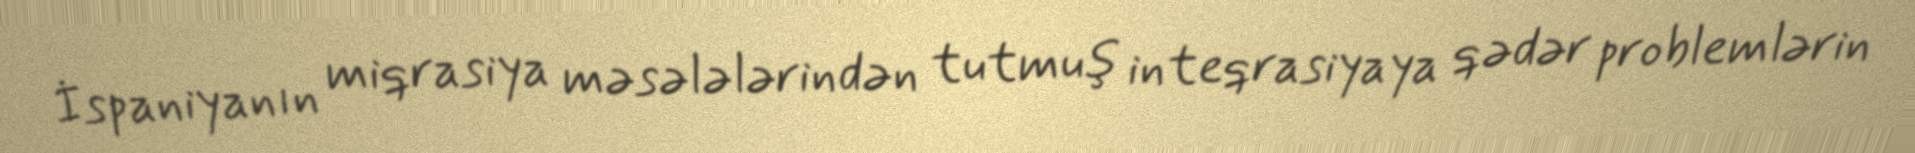
İspaniyanın miqrasiya məsələlərindən tutmuş inteqrasiyaya qədər problemlərin